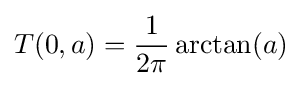
T(0,a)={\frac {1}{2\pi }}\arctan(a)